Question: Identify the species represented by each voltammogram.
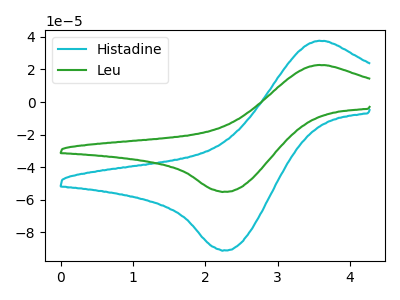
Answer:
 <answer>The cyan curve is labeled "Histadine". The green curve is labeled "Leu".</answer>
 <eval></eval>